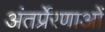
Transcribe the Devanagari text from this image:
अंतर्प्रेरणाओं